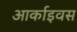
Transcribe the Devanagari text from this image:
आर्काइवस